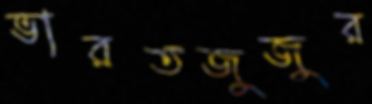
ভারতজুজুর